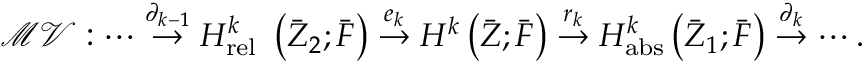
\mathcal { M V } : \cdots \stackrel { \partial _ { k - 1 } } \rightarrow H _ { \mathrm { r e l ~ } } ^ { k } \left( { \bar { Z } } _ { 2 } ; \bar { F } \right) \stackrel { e _ { k } } { \rightarrow } H ^ { k } \left( { \bar { Z } } ; \bar { F } \right) \stackrel { r _ { k } } { \rightarrow } H _ { \mathrm { a b s } } ^ { k } \left( { \bar { Z } } _ { 1 } ; \bar { F } \right) \stackrel { \partial _ { k } } { \rightarrow } \cdots .